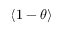
\langle 1 - \theta \rangle